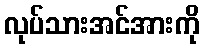
လုပ်သားအင်အားကို